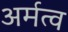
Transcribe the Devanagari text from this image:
अर्मत्व